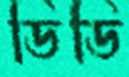
ডিডি